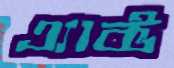
এ্যাক্ট